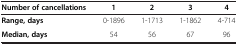
| Number of cancellations | 1 | 2 | 3 | 4 |
 | --- | --- | --- | --- | --- |
 | Range, days | 0-1896 | 1-1713 | 1-1862 | 4-714 |
 | Median, days | 54 | 56 | 67 | 96 |